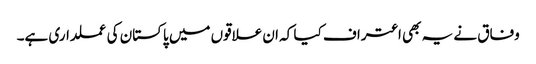
وفاق نے یہ بھی اعتراف کیا کہ ان علاقوں میں پاکستان کی عملداری ہے۔